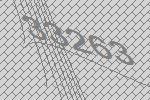
33263